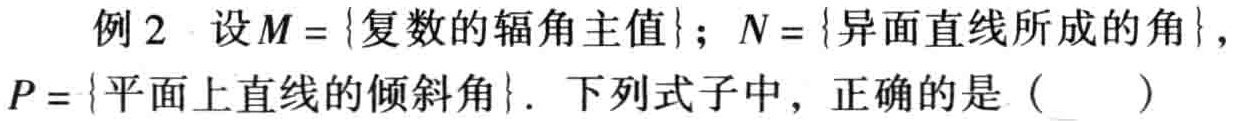
例2 设\(M = \{复数的辐角主值\}\)；\(N = \{异面直线所成的角\}\)，\(P = \{平面上直线的倾斜角\}\). 下列式子中，正确的是（  ）